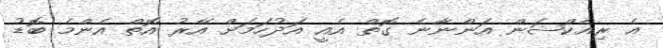
އެ ރިއެކްޝަން އަންނާނެ ގޮތް އެއީ އަދުހަމަށް އޭރު އޮތް އެންމެ ބޮޑު